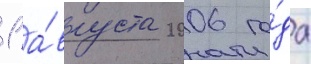
1 а́вгуста 2006 го́да